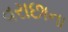
વરાછાના